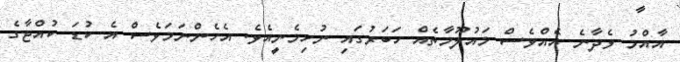
އާއްމު ވެދާނެ އެއްވެސް މައުލޫމާތެއް ހަބަރުގައި ނުހިމެނީއެވެ. އެހެންނަމަވެސް އެ ކުޑަ ކުއްޖާގެ